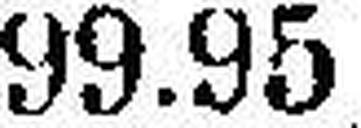
99.95